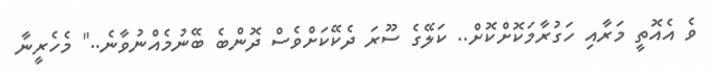
ވެ އެއޮތީ މަރާއި ހަގުރާމަކޮށްކޮށް.. ކަލޭގެ ސޫރަ ދެކޭކަށްވެސް ދޮންބެ ބޭނުމެއްނުވާނެ.." މެހެރީނާ